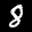
Label: 8